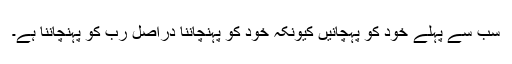
سب سے پہلے خود کو پہچانیں کیونکہ خود کو پہنچاننا دراصل رب کو پہنچاننا ہے۔